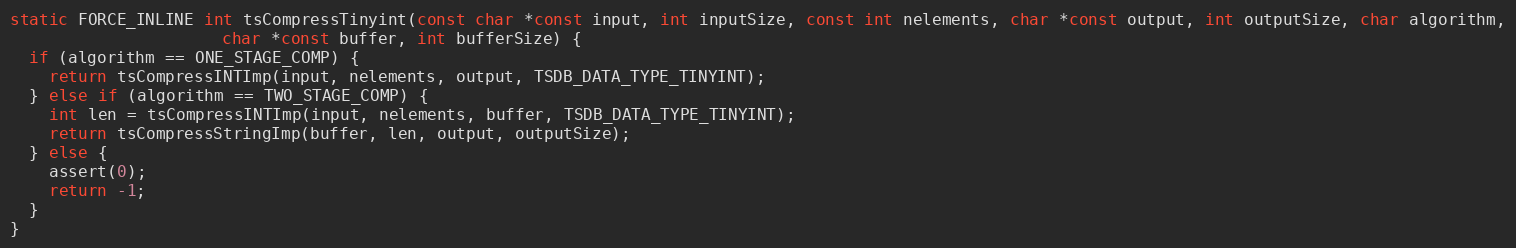
Language: C
static FORCE_INLINE int tsCompressTinyint(const char *const input, int inputSize, const int nelements, char *const output, int outputSize, char algorithm,
                      char *const buffer, int bufferSize) {
  if (algorithm == ONE_STAGE_COMP) {
    return tsCompressINTImp(input, nelements, output, TSDB_DATA_TYPE_TINYINT);
  } else if (algorithm == TWO_STAGE_COMP) {
    int len = tsCompressINTImp(input, nelements, buffer, TSDB_DATA_TYPE_TINYINT);
    return tsCompressStringImp(buffer, len, output, outputSize);
  } else {
    assert(0);
    return -1;
  }
}